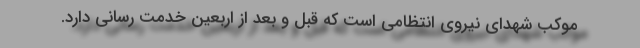
موکب شهدای نیروی انتظامی است که قبل و بعد از اربعین خدمت رسانی دارد.